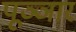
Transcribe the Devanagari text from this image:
पूञ्ञार